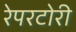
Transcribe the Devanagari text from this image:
रेपरटोरी